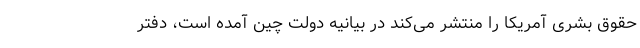
حقوق بشری آمریکا را منتشر می‌کند در بیانیه دولت چین آمده است، دفتر